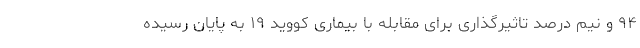
۹۴ و نیم درصد تاثیرگذاری برای مقابله با بیماری کووید ۱۹ به پایان رسیده